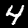
Label: 4